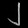
Digit: ၂